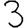
Digit: 3